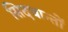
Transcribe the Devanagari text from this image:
सिदधान्‍तों